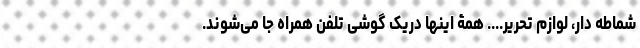
شماطه دار، لوازم تحریر.... همۀ اینها دریک گوشی تلفن همراه جا می‌شوند.